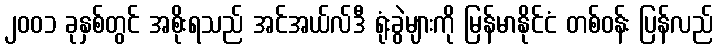
၂၀၀၁ ခုနှစ်တွင် အစိုးရသည် အင်အယ်လ်ဒီ ရုံးခွဲများကို မြန်မာနိုင်ငံ တစ်ဝန်း ပြန်လည်